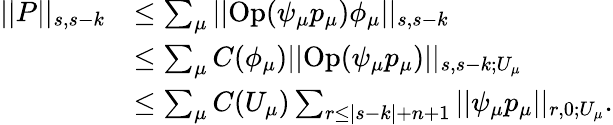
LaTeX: \begin{array}{rl}{||P||_{s,s-k}}&{\leq\sum_{\mu}||\mathrm{Op}(\psi_{\mu}p_{\mu})\phi_{\mu}||_{s,s-k}}\\ &{\leq\sum_{\mu}C(\phi_{\mu})||\mathrm{Op}(\psi_{\mu}p_{\mu})||_{s,s-k;U_{\mu}}}\\ &{\leq\sum_{\mu}C(U_{\mu})\sum_{r\leq|s-k|+n+1}||\psi_{\mu}p_{\mu}||_{r,0;U_{\mu}}.}\end{array}